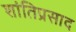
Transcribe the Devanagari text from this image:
शांतिप्रसाद